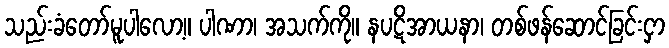
သည်းခံတော်မူပါလော့။ ပါဏာ၊ အသက်ကို။ နပဋိအာယနာ၊ တစ်ဖန်ဆောင်ခြင်းငှာ